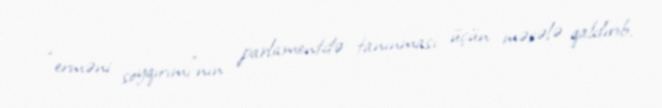
“erməni soyqırımı”nın parlamentdə tanınması üçün məsələ qaldırıb.